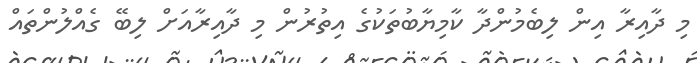
މި ދާއިރާ އިން ލިބެމުންދާ ކާމިޔާބުތަކުގެ އިތުރުން މި ދާއިރާއަށް ލިބޭ ގެއްލުންތައް